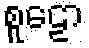
စူဠော